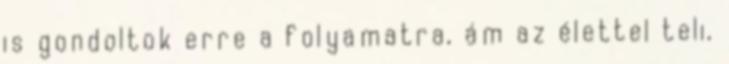
is gondoltok erre a folyamatra, ám az élettel teli,